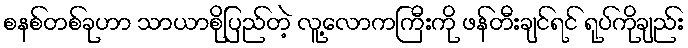
စနစ်တစ်ခုဟာ သာယာစိုပြည်တဲ့ လူ့လောကကြီးကို ဖန်တီးချင်ရင် ရုပ်ကိုချည်း